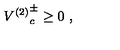
{ V ^ { ( 2 ) } } _ { c } ^ { \pm } \geq 0 \ ,